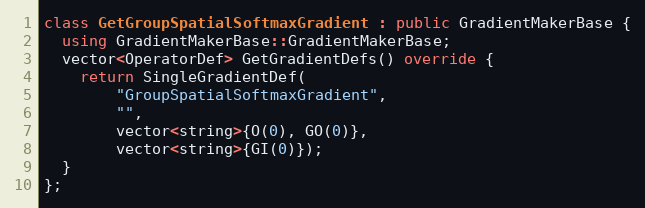
Language: C++
class GetGroupSpatialSoftmaxGradient : public GradientMakerBase {
  using GradientMakerBase::GradientMakerBase;
  vector<OperatorDef> GetGradientDefs() override {
    return SingleGradientDef(
        "GroupSpatialSoftmaxGradient",
        "",
        vector<string>{O(0), GO(0)},
        vector<string>{GI(0)});
  }
};